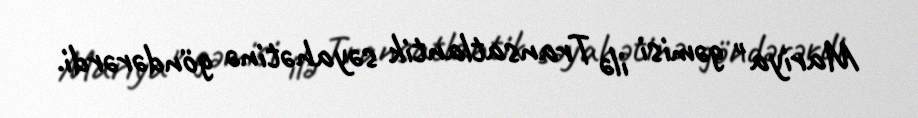
Mariya" gəmisi ilə Transatlantik səyahətinə göndərərdi.